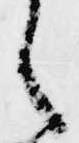
く